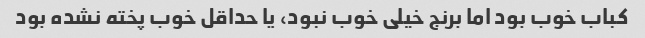
کباب خوب بود اما برنج خیلی خوب نبود، یا حداقل خوب پخته نشده بود